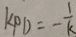
k P D = - \frac { 1 } { k }